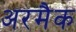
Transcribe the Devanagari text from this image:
अरमैक